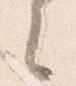
之